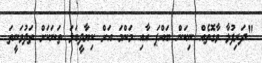
"ދަރިފުޅާ ވާގޮތެއް ނިކަން ބައްޕަ އާއި މަންމަ އަށް ކިޔާދީބަލަ ތަނަކަށް ތަދުވަނީތަ